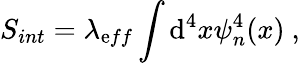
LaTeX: S_{int}=\lambda_{\mathrm{e}ff}\int\mathrm{d}^{4}x\psi_{n}^{4}(x)~,